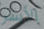
الأسر